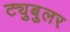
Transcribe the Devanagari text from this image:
ट्युबुलर